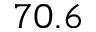
7 0 . 6